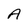
Character: A